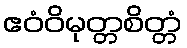
ဧဝံဝိမုတ္တစိတ္တံ